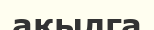
ақылга